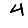
Digit: 4